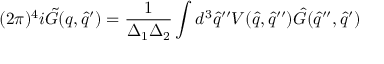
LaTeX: ( 2 \pi ) ^ { 4 } i { \tilde { G } } ( q , { \hat { q } } ^ { \prime } ) = \frac { 1 } { \Delta _ { 1 } \Delta _ { 2 } } \int d ^ { 3 } { \hat { q } } ^ { \prime \prime } V ( { \hat { q } } , { \hat { q } } ^ { \prime \prime } ) { \hat { G } } ( { \hat { q } } ^ { \prime \prime } , { \hat { q } } ^ { \prime } )